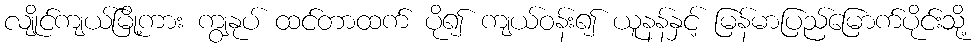
လျိုင်ကျယ်မြို့ကား ကျွနုပ် ထင်တာထက် ပို၍ ကျယ်ဝန်း၍ ယူနန်နှင့် မြန်မာပြည်မြောက်ပိုင်းသို့